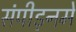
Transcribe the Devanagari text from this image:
संपीड़नमें